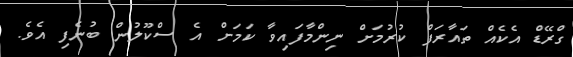
ގްރޭޑް އެކެއް ތައާރަފް ކުރުމަށް ނިންމާފައިވާ ކަމަށް އެ ސްކޫލުން ބުނެފި އެވެ.